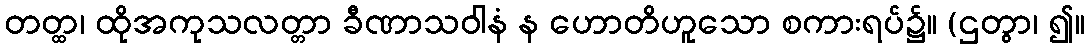
တတ္ထ၊ ထိုအကုသလတ္တာ ခီဏာသဝါနံ န ဟောတိဟူသော စကားရပ်၌။ (ဌတွာ၊ ၍။